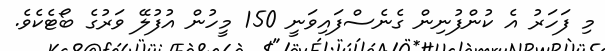
މި ފަހަރު އެ ކުންފުނިން ގެނެސްފައިވަނީ 150 މީހުން އުފުލޭ ވަރުގެ ބޯޓެކެވެ.